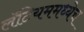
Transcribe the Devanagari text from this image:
लॅटियममध्येच